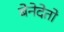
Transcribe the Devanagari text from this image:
बेनेदेतो